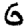
Digit: 6